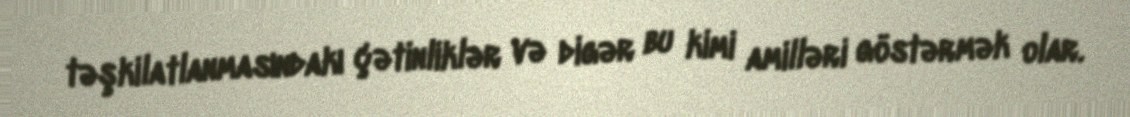
təşkilatlanmasındakı çətinliklər və digər bu kimi amilləri göstərmək olar.